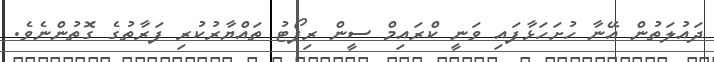
ދައުލަތުން އޭނާ ހުށަހަޅާފައި ވަނީ ކްރައިމް ސީން ރިޕޯޓު ތައްޔާރުކުރި ފަރާތުގެ ގޮތުންނެވެ.